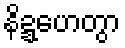
နိဍ္ဍဟေတွာ